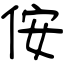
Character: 侒